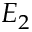
E _ { 2 }